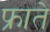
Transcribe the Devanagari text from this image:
फ्राते